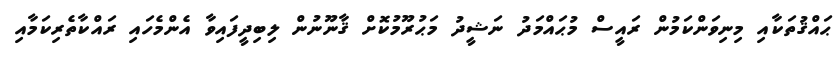
ޙައްޤުތަކާއި މިނިވަންކަމުން ރައީސް މުޙައްމަދު ނަޝީދު މަޙުރޫމުކޮށް ޤާނޫނުން ލިބިދީފައިވާ އެންމެހައި ރައްކާތެރިކަމާއި